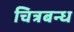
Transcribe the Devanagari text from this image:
चित्रबन्ध